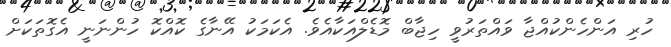
ހުރި އަންހެންކުއްޖާ ވައްތަރުވީ ހިޖާބް މޮޑެލްއަކާއެވެ. އެކަމަކު އޭނާގެ ކޮއްކޮ ހުންނަނީ އެގޮތަކަށް